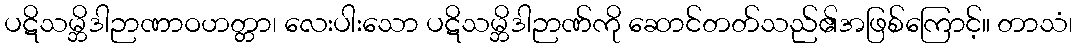
ပဋိသမ္ဘိဒါဉာဏာဝဟတ္တာ၊ လေးပါးသော ပဋိသမ္ဘိဒါဉာဏ်ကို ဆောင်တတ်သည်၏အဖြစ်ကြောင့်။ တာသံ၊